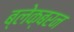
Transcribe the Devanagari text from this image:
ब्लेक्बरन